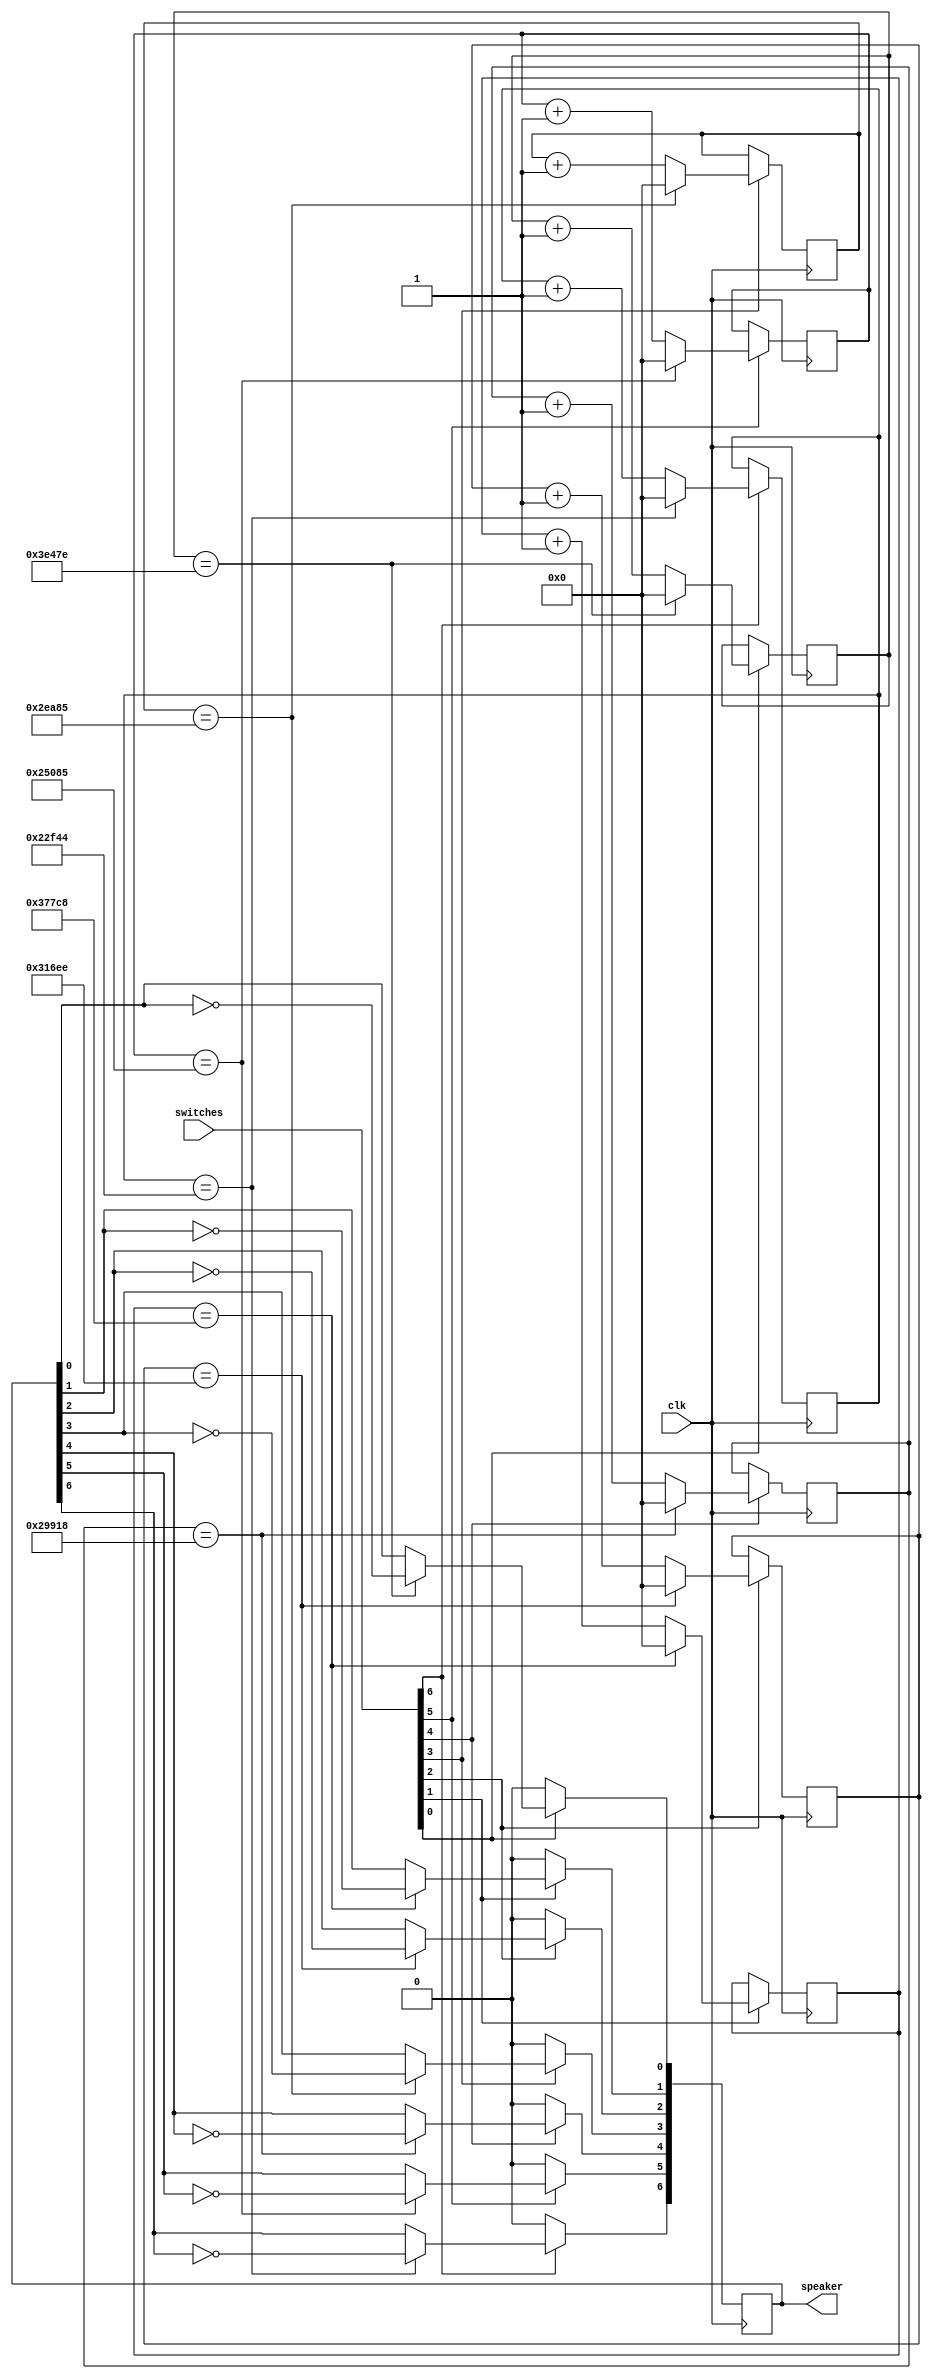
//outputs waveforms depending on what switches are high

module piano(
	input [6:0] switches,
	input clk,
	output [6:0] speaker
);

reg [6:0] flipper;
assign speaker = flipper;

reg [17:0] counterG3;
reg [17:0] counterA3;
reg [17:0] counterB3;
reg [17:0] counterC4;
reg [17:0] counterD4;
reg [17:0] counterE4;
reg [17:0] counterF4;
 
always @(posedge clk) begin
	if (switches[0]) begin //toggle G3
		if(counterG3==255102) begin
			counterG3 <= 0;
			flipper[0] <= ~flipper[0];
		end else counterG3 <= counterG3+1;
	end else flipper[0] <= 0;
	if (switches[1]) begin //toggle A3
		if(counterA3==227272) begin
			counterA3 <= 0;
			flipper[1] <= ~flipper[1];
		end else counterA3 <= counterA3+1;
	end else flipper[1] <= 0;
	if (switches[2]) begin //toggle B3
		if(counterB3==202478) begin
			counterB3 <= 0;
			flipper[2] <= ~flipper[2];
		end else counterB3 <= counterB3+1;
	end else flipper[2] <= 0;
	if (switches[3]) begin //toggle C4
		if(counterC4==191109) begin
			counterC4 <= 0;
			flipper[3] <= ~flipper[3];
		end else counterC4 <= counterC4+1;
	end else flipper[3] <= 0;
	if (switches[4]) begin //toggle D4
		if(counterD4==170264) begin
			counterD4 <= 0;
			flipper[4] <= ~flipper[4];
		end else counterD4 <= counterD4+1;
	end else flipper[4] <= 0;
	if (switches[5]) begin //toggle E4
		if(counterE4==151685) begin
			counterE4 <= 0;
			flipper[5] <= ~flipper[5];
		end else counterE4 <= counterE4+1;
	end else flipper[5] <= 0;
	if (switches[6]) begin //toggle F4
		if(counterF4==143172) begin
			counterF4 <= 0;
			flipper[6] <= ~flipper[6];
		end else counterF4 <= counterF4+1;
	end else flipper[6] <= 0;	
end

endmodule